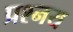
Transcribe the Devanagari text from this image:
प्रश्नय